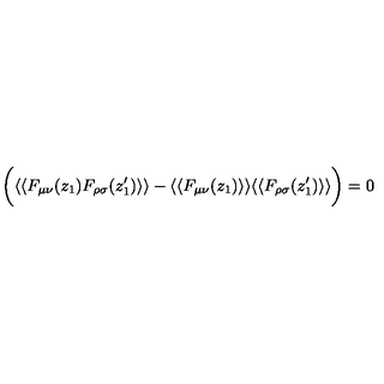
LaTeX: \bigg ( \langle \langle F _ { \mu \nu } ( z _ { 1 } ) F _ { \rho \sigma } ( z _ { 1 } ^ { \prime } ) \rangle \rangle - \langle \langle F _ { \mu \nu } ( z _ { 1 } ) \rangle \rangle \langle \langle F _ { \rho \sigma } ( z _ { 1 } ^ { \prime } ) \rangle \rangle \bigg ) = 0